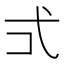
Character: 𭚡